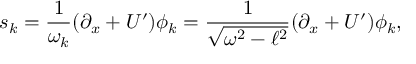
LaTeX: s _ { k } = \frac { 1 } { \omega _ { k } } ( \partial _ { x } + U { ' } ) \phi _ { k } = \frac { 1 } { \sqrt { \omega ^ { 2 } - \ell ^ { 2 } } } ( \partial _ { x } + U { ' } ) \phi _ { k } ,